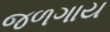
જળગાય